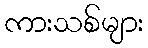
ကားသစ်များ